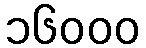
၁၆၀၀၀